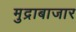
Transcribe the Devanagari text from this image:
मुद्राबाजार